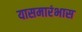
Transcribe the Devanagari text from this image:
यासमारंभास